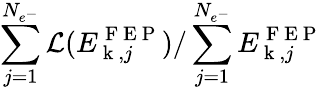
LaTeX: \sum_{j=1}^{N_{e^{-}}}\mathcal{L}(E_{\mathrm{~k~},j}^{\mathrm{~F~E~P~}})/\sum_{j=1}^{N_{e^{-}}}E_{\mathrm{~k~},j}^{\mathrm{~F~E~P~}}